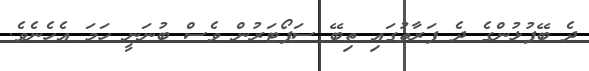
ދެ ބޭފުޅުންގެ ދެ ފަރާތުގައި ތިބޭ ސަޕޯޓަރުން ވެސް ބުނަނީ ހަމަ އެހެނެވެ.